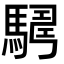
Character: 𩤫